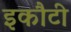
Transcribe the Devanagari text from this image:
इकौटी